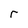
Character: r